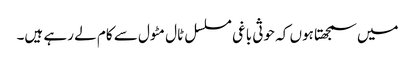
میں سمجھتا ہوں کہ حوثی باغی مسلسل ٹال مٹول سے کام لے رہے ہیں۔